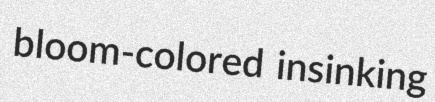
bloom-colored insinking